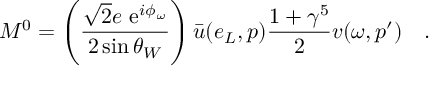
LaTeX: { \cal M } ^ { 0 } = \left( { \frac { \sqrt { 2 } e \mathrm { \ e } ^ { i \phi _ { \omega } } } { 2 \sin \theta _ { W } } } \right) \bar { u } ( e _ { L } , p ) { \frac { 1 + \gamma ^ { 5 } } { 2 } } v ( \omega , p ^ { \prime } ) \quad .